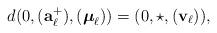
LaTeX: \begin{align*}d(0, (\mathbf a^+_{\ell}),(\boldsymbol \mu_{\ell}))=(0,\star,(\mathbf v_{\ell})),\end{align*}